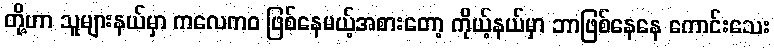
တို့ဟာ သူများနယ်မှာ ကလေကဝ ဖြစ်နေမယ့်အစားတော့ ကိုယ့်နယ်မှာ ဘာဖြစ်နေနေ ကောင်းသေး